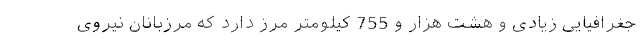
جغرافیایی زیادی و هشت هزار و 755 کیلومتر مرز دارد که مرزبانان نیروی